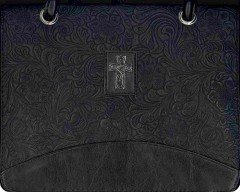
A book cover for Bible Cover Black Purse-style W/Swirls Large; Christian Books & Bibles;